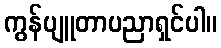
ကွန်ပျူတာပညာရှင်ပါ။